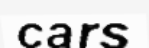
cars